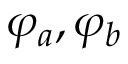
\varphi _ { a } , \varphi _ { b }